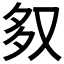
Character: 𭐶